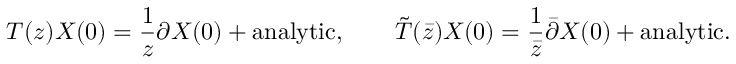
T ( z ) X ( 0 ) = \frac { 1 } { z } \partial X ( 0 ) + \mathrm { a n a l y t i c } , \qquad \tilde { T } ( \bar { z } ) X ( 0 ) = \frac { 1 } { \bar { z } } \bar { \partial } X ( 0 ) + \mathrm { a n a l y t i c } .